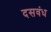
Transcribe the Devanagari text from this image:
दसवंध